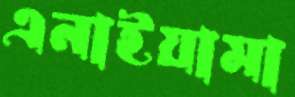
এনাইয়ামা